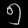
Digit: ၅